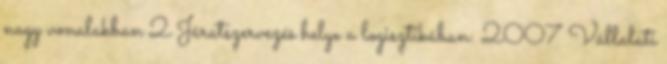
nagy vonalakban 2 Járatszervezés helye a logisztikában: 2007 Vállalati